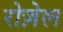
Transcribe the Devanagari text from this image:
रोज़ेल